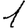
Digit: 1